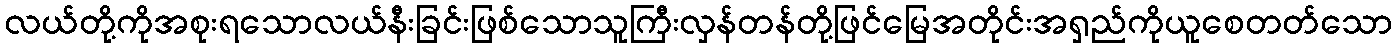
လယ်တို့ကိုအစုးရသောလယ်နီးခြင်းဖြစ်သောသူကြီးလှန်တန်တို့ဖြင်မြေအတိုင်းအရှည်ကိုယူစေတတ်သော